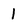
Character: l